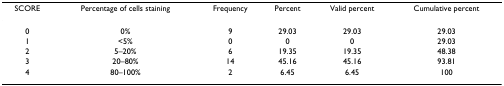
<table><thead><tr><td><b>SCORE</b></td><td><b>Percentage of cells staining</b></td><td><b>Frequency</b></td><td><b>Percent</b></td><td><b>Valid percent</b></td><td><b>Cumulative percent</b></td></tr></thead><tbody><tr><td>0</td><td>0%</td><td>9</td><td>29.03</td><td>29.03</td><td>29.03</td></tr><tr><td>1</td><td>&lt;5%</td><td>0</td><td>0</td><td>0</td><td>29.03</td></tr><tr><td>2</td><td>5–20%</td><td>6</td><td>19.35</td><td>19.35</td><td>48.38</td></tr><tr><td>3</td><td>20–80%</td><td>14</td><td>45.16</td><td>45.16</td><td>93.81</td></tr><tr><td>4</td><td>80–100%</td><td>2</td><td>6.45</td><td>6.45</td><td>100</td></tr></tbody></table>